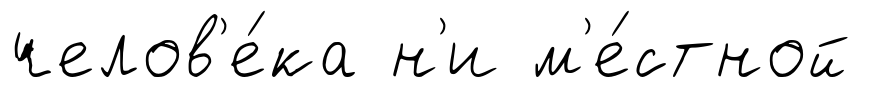
челов'е́ка н'и м'е́стной